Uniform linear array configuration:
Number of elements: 48
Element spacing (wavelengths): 0.75
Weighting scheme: binomial
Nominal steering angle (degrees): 30
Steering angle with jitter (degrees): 31.114
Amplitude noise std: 0.05
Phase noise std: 0.05

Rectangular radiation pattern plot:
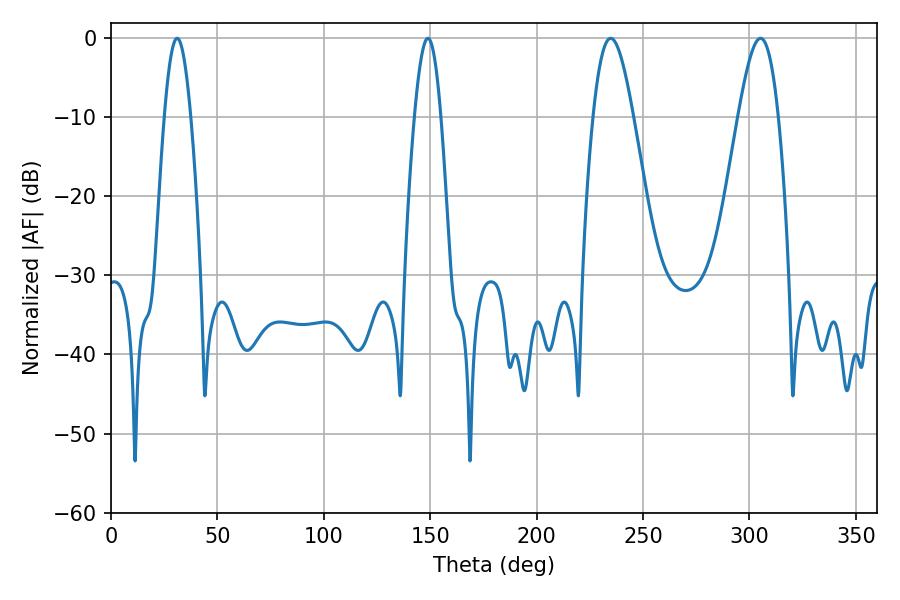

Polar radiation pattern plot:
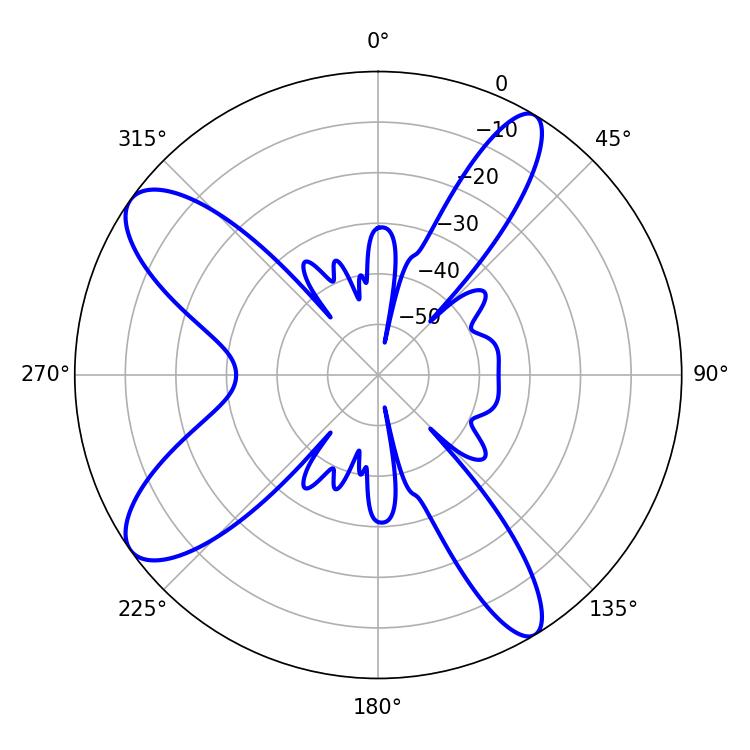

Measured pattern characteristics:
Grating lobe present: TRUE
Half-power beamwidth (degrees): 10.08
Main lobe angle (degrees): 234.72